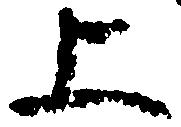
上